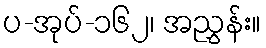
ပ-အုပ်-၁၆၂၊ အညွှန်း။